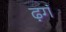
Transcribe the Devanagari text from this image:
ढ़गं